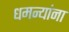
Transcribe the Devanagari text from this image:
धमन्यांना